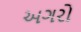
અગરો